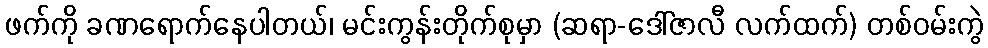
ဖက်ကို ခဏရောက်နေပါတယ်၊ မင်းကွန်းတိုက်စုမှာ (ဆရာ-ဒေါ်ဇာလီ လက်ထက်) တစ်ဝမ်းကွဲ